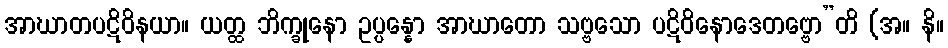
အာဃာတပဋိဝိနယာ။ ယတ္ထ ဘိက္ခုနော ဥပ္ပန္နော အာဃာတော သဗ္ဗသော ပဋိဝိနောဒေတဗ္ဗော”တိ (အ။ နိ။